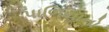
પાળિયાનો